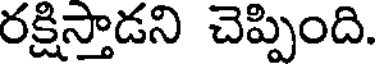
రక్షిస్తాడని చెప్పింది.